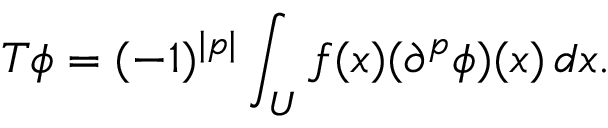
T \phi = ( - 1 ) ^ { | p | } \int _ { U } f ( x ) ( \partial ^ { p } \phi ) ( x ) \, d x .